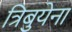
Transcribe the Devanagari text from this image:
त्रिबुयेना